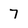
Character: 7